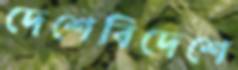
দেশেবিদেশে